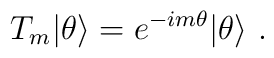
T_{m}|\theta\rangle=e^{-im\theta}|\theta\rangle \ .